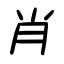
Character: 肖